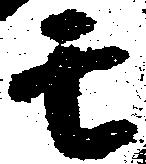
モ